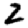
Digit: 2